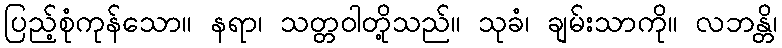
ပြည့်စုံကုန်သော။ နရာ၊ သတ္တဝါတို့သည်။ သုခံ၊ ချမ်းသာကို။ လဘန္တိ၊